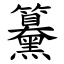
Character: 䵵